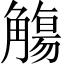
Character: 觴